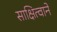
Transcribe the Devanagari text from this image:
साक्षित्वाने